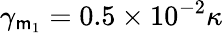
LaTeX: \gamma_{\mathsf{m}_{1}}=0.5\times10^{-2}\kappa